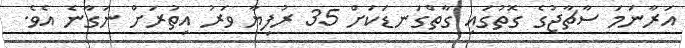
އަރާނަމަ ސާޗާޖުގެ ގޮތުގައި ގާތްގަނޑަކަށް 35 ރުފިޔާ ވަރު އިތުރަށް ނަގާނެ އެވެ.